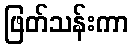
ဖြတ်သန်းကာ